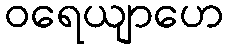
ဝရေယျာဟေ